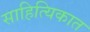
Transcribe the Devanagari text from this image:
साहित्यिकात